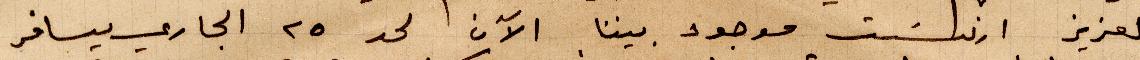
العزيز ارنست موجود بيننا الآن لحد ٢٥ الجاري يسافر